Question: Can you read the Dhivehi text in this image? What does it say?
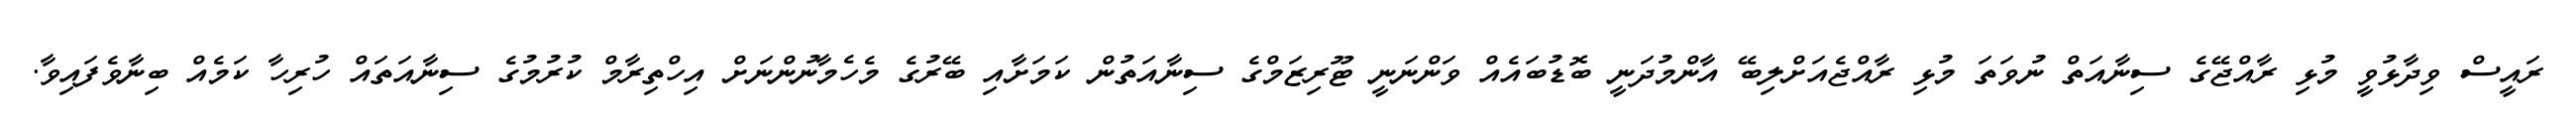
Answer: ރައީސް ވިދާޅުވީ މުޅި ރާއްޖޭގެ ސިނާއަތް ނުވަތަ މުޅި ރާއްޖެއަށްލިބޭ އާންމުދަނީ ބޮޑުބައެއް ވަންނަނީ ޓޫރިޒަމްގެ ސިނާއަތުން ކަމަށާއި ބޭރުގެ މެހެމާނުންނަށް އިހްތިރާމް ކުރުމުގެ ސިނާއަތައް ހުރިހާ ކަމެއް ބިނާވެފައިވާ.